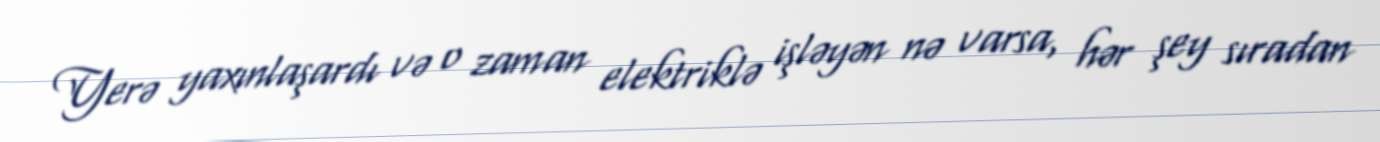
Yerə yaxınlaşardı və o zaman elektriklə işləyən nə varsa, hər şey sıradan